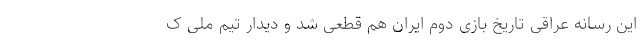
این رسانه عراقی تاریخ بازی دوم ایران هم قطعی شد و دیدار تیم ملی ک